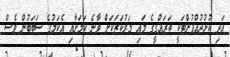
އަދި ކުޅުދުއްފުށްޓަކީ ތަރައްގީގެ މައި މަރުކަޒަކަށް ވާނެ ކަމަށާއި އެކަމުގެ ސަބަބުން ވެސް